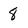
Character: 8